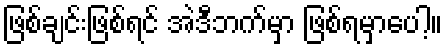
ဖြစ်ချင်းဖြစ်ရင် အဲဒီဘက်မှာ ဖြစ်ရမှာပေါ့။